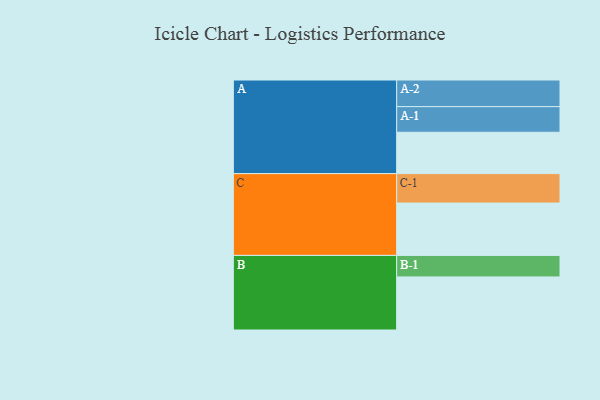
{"axis": {"x": "Segment", "y": "Value"}, "legend": ["", "A", "B", "C"], "data": [{"x": "A", "y": 413, "type": ""}, {"x": "B", "y": 530, "type": ""}, {"x": "C", "y": 523, "type": ""}, {"x": "A-1", "y": 256, "type": "A"}, {"x": "A-2", "y": 266, "type": "A"}, {"x": "B-1", "y": 215, "type": "B"}, {"x": "C-1", "y": 294, "type": "C"}]}